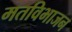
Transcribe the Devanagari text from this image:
मतविभाजन